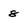
Character: 8